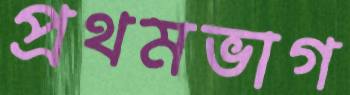
প্রথমভাগ